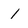
Character: 1